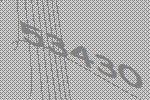
53430